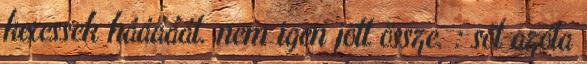
keressek hááááát. nem igen jött össze. : sőt azóta